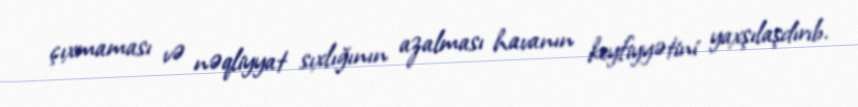
çıxmaması və nəqliyyat sıxlığının azalması havanın keyfiyyətini yaxşılaşdırıb.